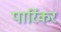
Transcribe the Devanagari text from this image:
पार्रिकर